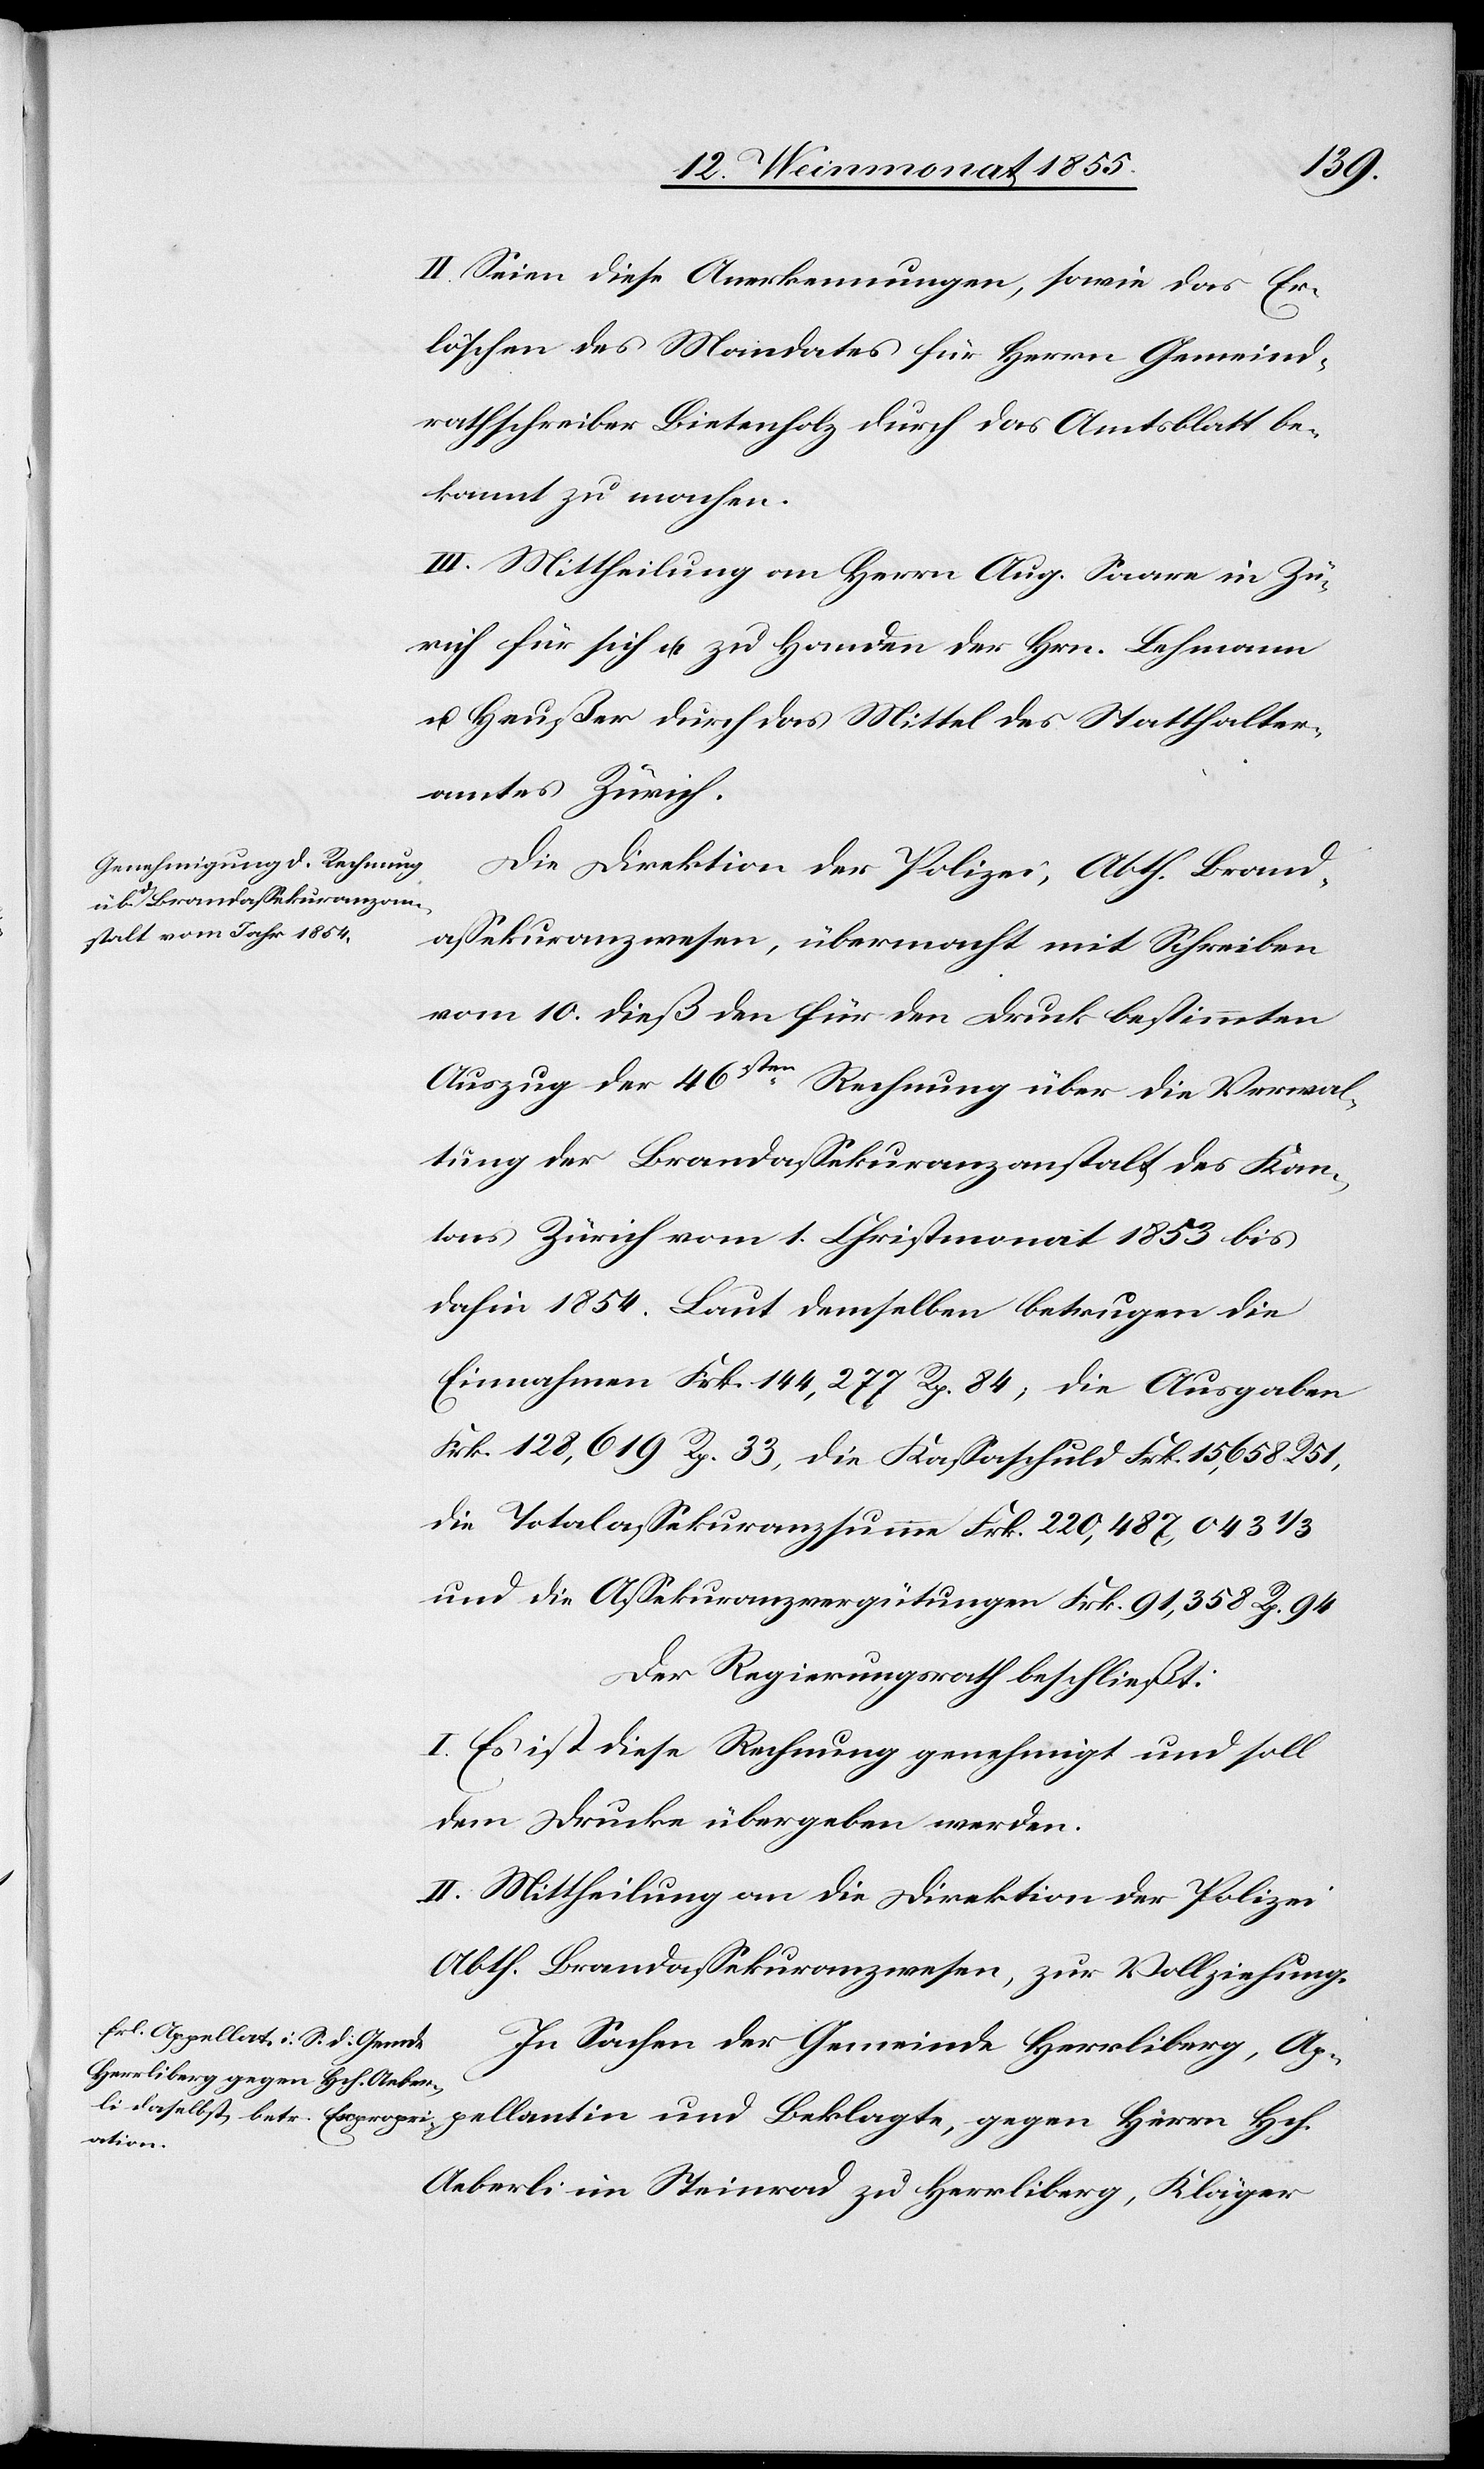
II. Seien diese Anerkennungen, sowie das Er¬
löschen des Mandates für Herrn Gemeind¬
rathschreiber Bietenholz durch das Amtsblatt be¬
kannt zu machen.
III. Mittheilung an Herrn Aug. Saare in Zü¬
rich für sich u. zu Handen der Hrn. Lehmann
u. Heußer durch das Mittel des Statthalter¬
amtes Zürich.
Die Direktion der Polizei, Abth. Brand¬
assekuranzwesen, übermacht mit Schreiben
vom 10. dieß den für den Druck bestimmten
Auszug der 46sten Rechnung über die Verwal¬
tung der Brandassekuranzanstalt des Kan¬
tons Zürich vom 1. Christmonat 1853 bis
dahin 1854. Laut demselben betrugen die
Einnahmen Frk. 144,277 Rp. 84, die Ausgaben
Frk. 128,619 Rp. 33, die Kassaschuld Frk. 15,658. R 51,
die Totalassekuranzsumme Frk. 220,487,043 1/3
und die Assekuranzvergütungen Frk. 91,358 Rp. 94
Der Regierungsrath beschließt:
I. Es ist diese Rechnung genehmigt und soll
dem Drucke übergeben werden.
II. Mittheilung an die Direktion der Polizei
Abth. Brandassekuranzwesen, zur Vollziehung.
In Sachen der Gemeinde Herrliberg, Ap¬
pellantin und Beklagte, gegen Herrn Hch.
Aeberli im Steinrad zu Herrliberg, Kläger